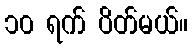
၁၀ ရက် ပိတ်မယ်။